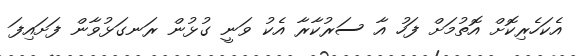
އެކަހެރިކޮށް އޮތުމަށް ފަހު އާ ސަރުކާރާ އެކު ވަނީ ގުޅުން ރަނގަޅުވާން ފަށައިފަ